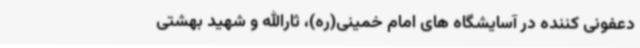
دعفونی کننده در آسایشگاه های امام خمینی(ره)، ثارالله و شهید بهشتی